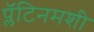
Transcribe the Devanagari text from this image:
प्लॅटिनमशी